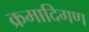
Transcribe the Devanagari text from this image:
क्रमादिगण